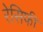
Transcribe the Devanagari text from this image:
रेसिफी